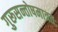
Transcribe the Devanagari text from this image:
गुरूसन्तोषमात्रतः